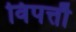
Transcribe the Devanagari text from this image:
विपत्तौ